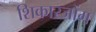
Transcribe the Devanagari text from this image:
शिकारजोंग